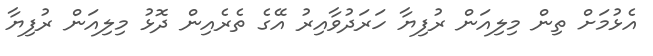
އެޅުމަށް ތިން މިލިއަން ރުފިޔާ ހަރަދުވާއިރު އޭގެ ތެރެއިން ދޮޅު މިލިއަން ރުފިޔާ